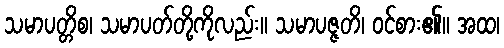
သမာပတ္တိစ၊ သမာပတ်တို့ကိုလည်း။ သမာပဇ္ဇတိ၊ ဝင်စား၏။ အထ၊